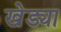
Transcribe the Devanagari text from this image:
खेड्या